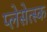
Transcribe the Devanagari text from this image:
प्लेसेत्स्क